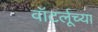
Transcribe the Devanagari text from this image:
वॉटर्लूच्या